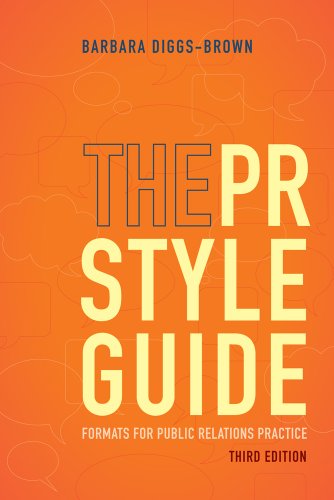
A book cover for The PR Styleguide: Formats for Public Relations Practice; Barbara Diggs-Brown; Business & Money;